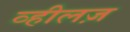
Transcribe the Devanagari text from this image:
व्हीलज़